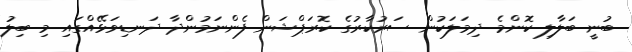
ބުނީ ބަލާލި ކޮންމެ ދިމަލަކުން ސަރުކާރުގެ ކޮރަޕްޝަން ފެންނަމުންދާ ދަނޑިވަޅޭއްގައި މި ބިލު